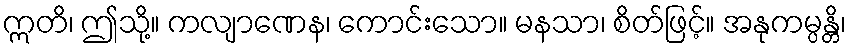
ဣတိ၊ ဤသို့။ ကလျာဏေန၊ ကောင်းသော။ မနသာ၊ စိတ်ဖြင့်။ အနုကမ္ပန္တိ၊